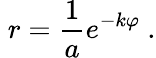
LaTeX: \; r={\frac{1}{a}}e^{-k\varphi}\ .